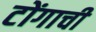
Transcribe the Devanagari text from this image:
टोंगाची